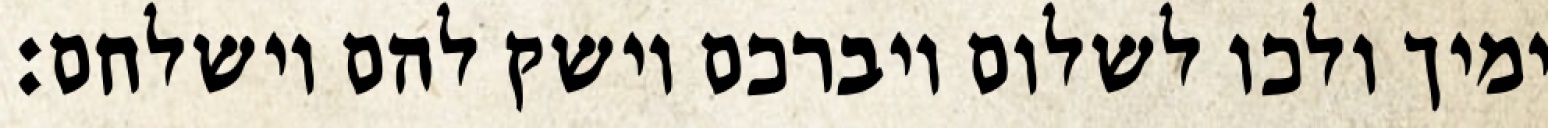
ימיך ולכו לשלום ויברכם וישק להם וישלחם: